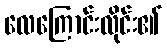
လေကြောင်းလိုင်း၏